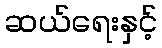
ဆယ်ရေးနှင့်